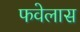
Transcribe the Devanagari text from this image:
फवेलास